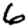
Digit: 6